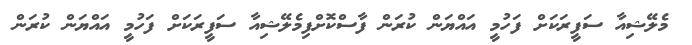
މެލޭޝިއާ ސަފީރަކަށް ފަހުމީ އައްޔަން ކުރަން ފާސްކޮށްފިމެލޭޝިއާ ސަފީރަކަށް ފަހުމީ އައްޔަން ކުރަން